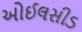
ઓઈલસીડ